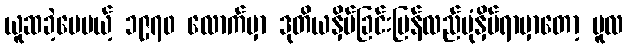
ယူဆခဲ့ပေမယ့် ၁၉၇၀ လောက်မှာ ဒုတိယနှိပ်ခြင်းပြန်လည်ပုံနှိပ်ရာမှာတော့ မူလ